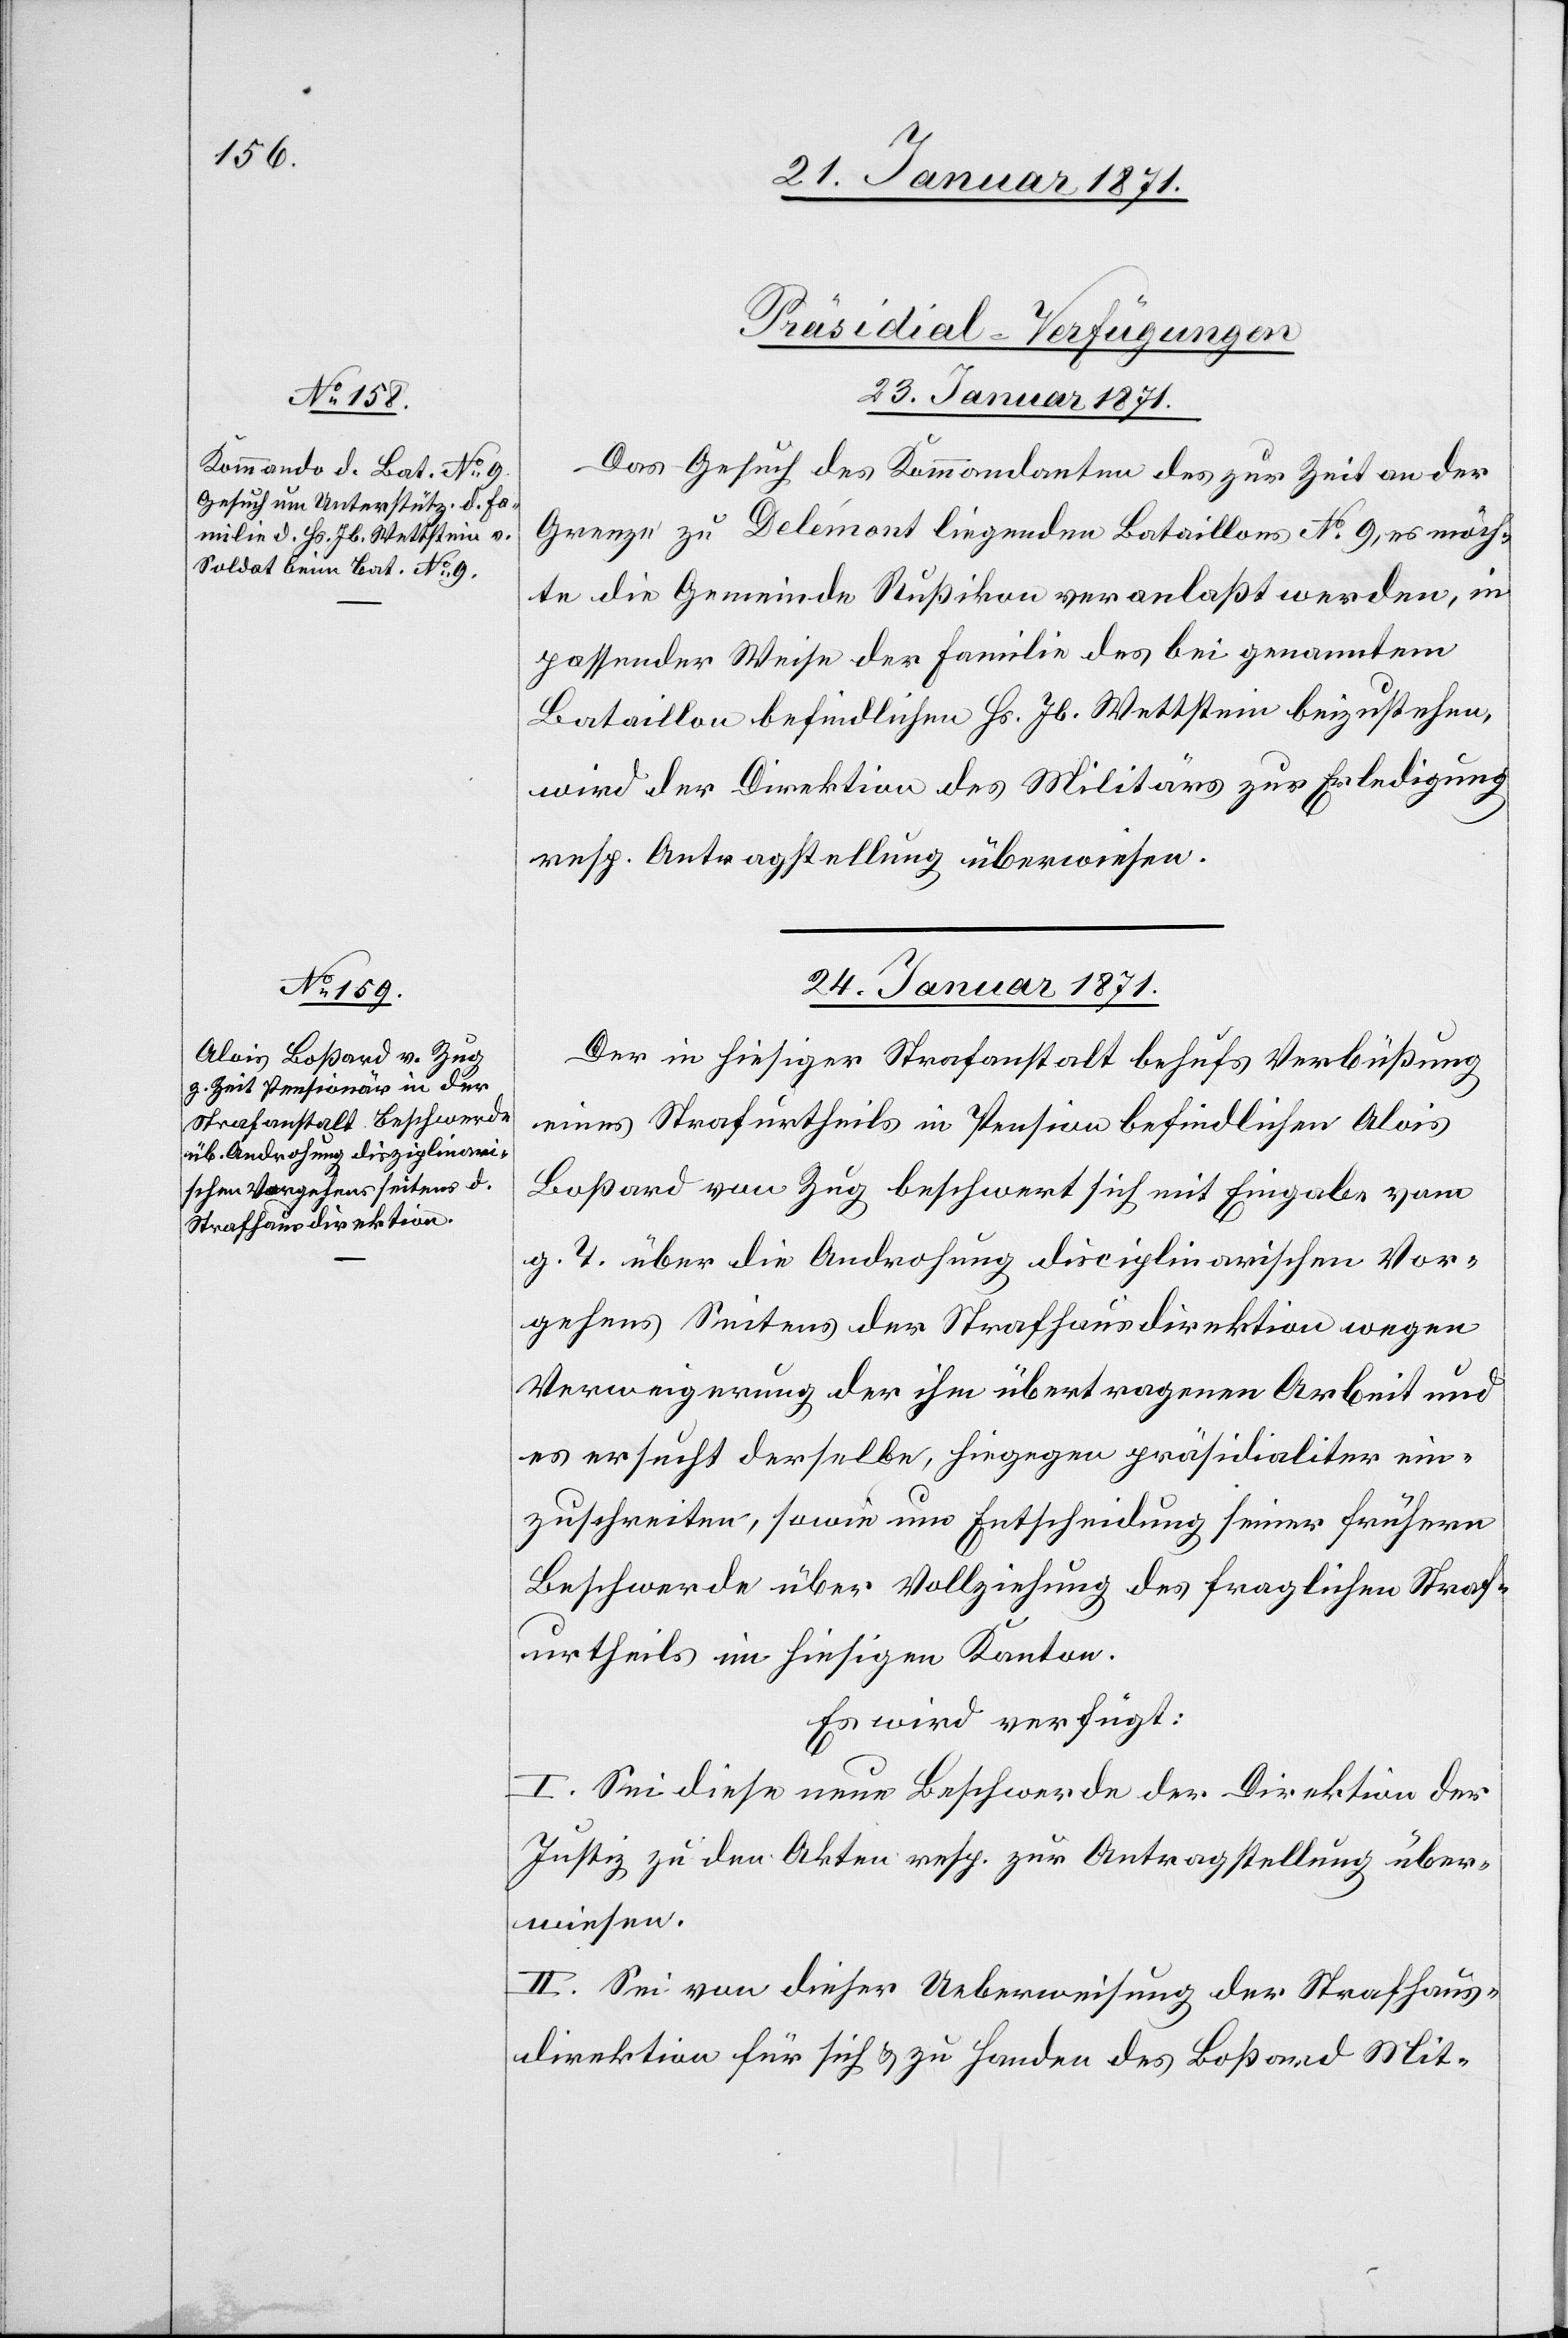
[Präsidial-Verfügungen]
23. Januar 1871.
Das Gesuch des Kommandanten des zur Zeit an der
Grenze zu Delémont liegenden Bataillons No. 9, es möch¬
te die Gemeinde Rußikon veranlaßt werden, in
passender Weise der Familie des bei genanntem
Bataillon befindlichen Hr. Jb. Wettstein beizustehen,
wird der Direktion des Militärs zur Erledigung
resp. Antragstellung überwiesen.
24. Januar 1871.
Der in hiesiger Strafanstalt behufs Verbüßung
eines Strafurtheils in Pension befindlichen Alois
Boßard von Zug beschwert sich mit Eingabe vom
g. T. über die Androhung disciplinarischen Vor¬
gehens Seitens der Strafhausdirektion wegen
Verweigerung der ihm übertragenen Arbeit und
es ersucht derselbe, hiegegen präsidialiter ein¬
zuschreiten, sowie um Entscheidung seiner frühern
Beschwerde über Vollziehung des fraglichen Straf¬
urtheils im hiesigen Kanton.
Es wird verfügt:
I. Sei diese neue Beschwerde der Direktion der
Justiz zu den Akten resp. zur Antragstellung über¬
wiesen.
II. Sei von dieser Ueberweisung der Strafhaus¬
direktion für sich u. zu Handen des Boßard Mit-